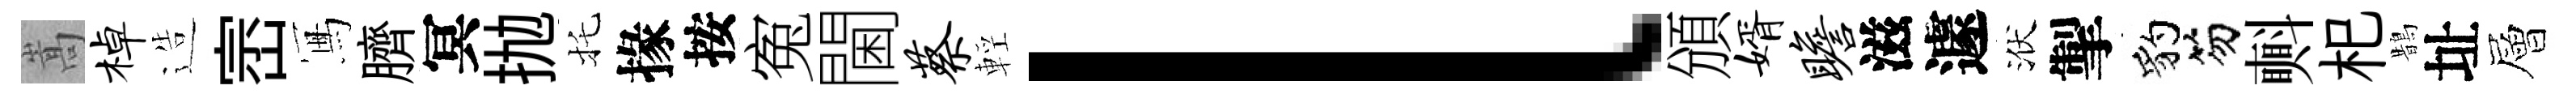
嵩棹造崈冩臍冥抛托掾按寃閫蔡輕l頒婿瞻滋遽洑掣豹笏㪺𣏌鵲址層